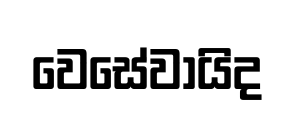
වෙසේවායිද